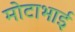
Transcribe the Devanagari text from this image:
मोटाभाई